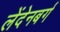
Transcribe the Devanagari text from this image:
लेंदेनबर्ग